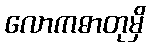
လောကဓာတုမှိ